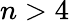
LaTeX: n>4